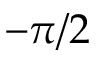
- \pi / 2